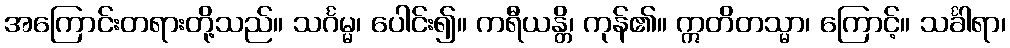
အကြောင်းတရားတို့သည်။ သင်္ဂမ္မ၊ ပေါင်း၍။ ကရီယန္တိ၊ ကုန်၏။ ဣတိတသ္မာ၊ ကြောင့်။ သင်္ခါရာ၊